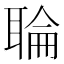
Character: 䎾